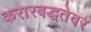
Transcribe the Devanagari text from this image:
करारबद्धतेवर